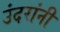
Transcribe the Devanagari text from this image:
उंदरांनी